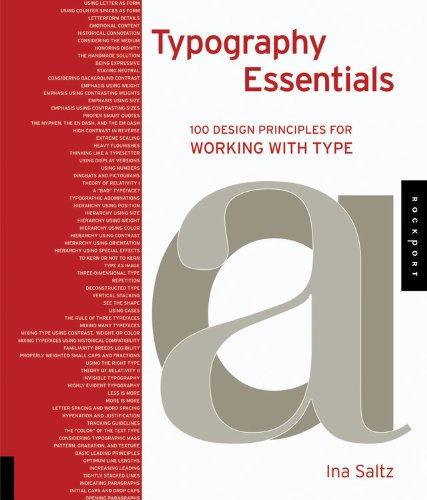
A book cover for Typography Essentials: 100 Design Principles for Working with Type (Design Essentials); Ina Saltz; Arts & Photography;